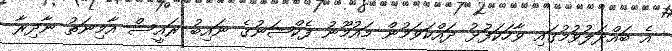
އެ ބައްދަލުވުމުގައި ވާހަކަފުޅު ދައްކަވަމުން މައުމޫނު ފެކްޝަނުގެ ނައިބު ރައީސް އާމިނަތު ނާދިރާ